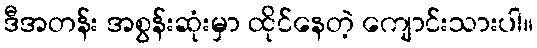
ဒီအတန်း အစွန်းဆုံးမှာ ထိုင်နေတဲ့ ကျောင်းသားပါ။